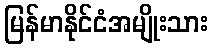
မြန်မာနိုင်ငံအမျိုးသား